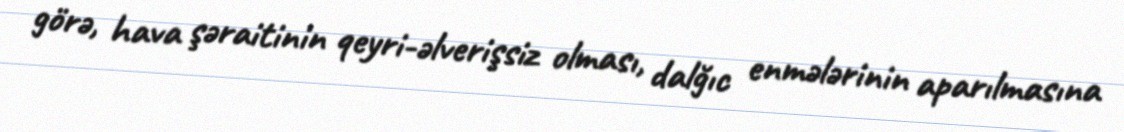
görə, hava şəraitinin qeyri-əlverişsiz olması, dalğıc enmələrinin aparılmasına